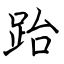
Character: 跆